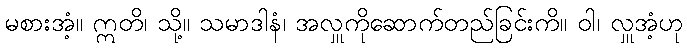
မစားအံ့။ ဣတိ၊ သို့။ သမာဒါနံ၊ အလှူကိုဆောက်တည်ခြင်းကိ။ ဝါ၊ လှူအံ့ဟု